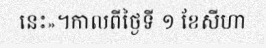
នេះ»។កាលពីថ្ងៃទី ១ ខែសីហា